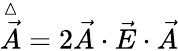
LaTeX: \overset{\vartriangle}{\vec{A}}=2\vec{A}\cdot\vec{E}\cdot\vec{A}